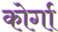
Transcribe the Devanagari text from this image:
कोर्गा